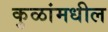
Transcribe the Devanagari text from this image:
कुळांमधील